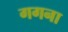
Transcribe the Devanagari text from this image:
गगना